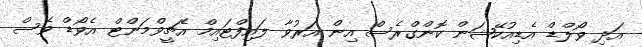
އަދި ވޯލްޑް އެޑިއުކޭޝަން ކޮންގްރެސް އިން އަރުވާ ލައިފްޓައިމް އެޗީވްމަންޓް އެވޯޑް ވެސް